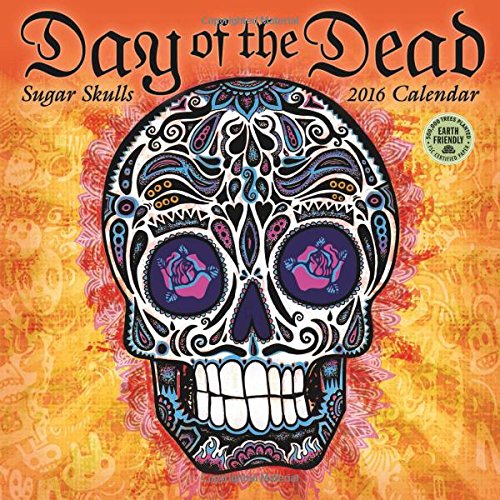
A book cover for Day of the Dead 2016 Wall Calendar: Sugar Skulls; Amber Lotus Publishing; Calendars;